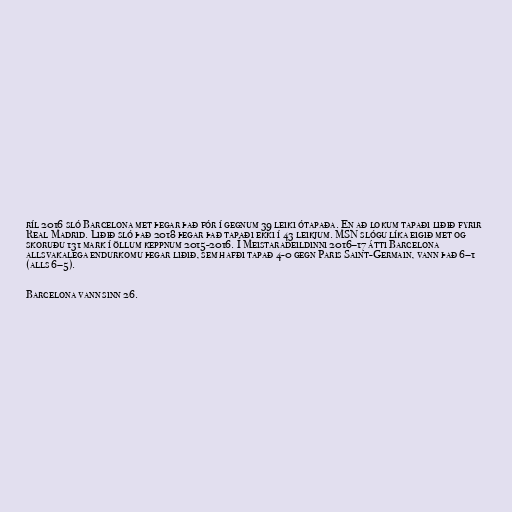
ríl 2016 sló Barcelona met þegar það fór í gegnum 39 leiki ótapaða. En að lokum tapaði liðið fyrir
Real Madrid. Liðið sló það 2018 þegar það tapaði ekki í 43 leikjum. MSN slógu líka eigið met og
skoruðu 131 mark í öllum keppnum 2015-2016. Í Meistaradeildinni 2016–17 átti Barcelona
allsvakalega endurkomu þegar liðið, sem hafði tapað 4-0 gegn Paris Saint-Germain, vann það 6–1
(alls 6–5).

Barcelona vann sinn 26.